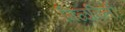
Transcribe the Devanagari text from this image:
मिळविलीं